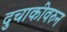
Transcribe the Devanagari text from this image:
दुचाकीवरुन